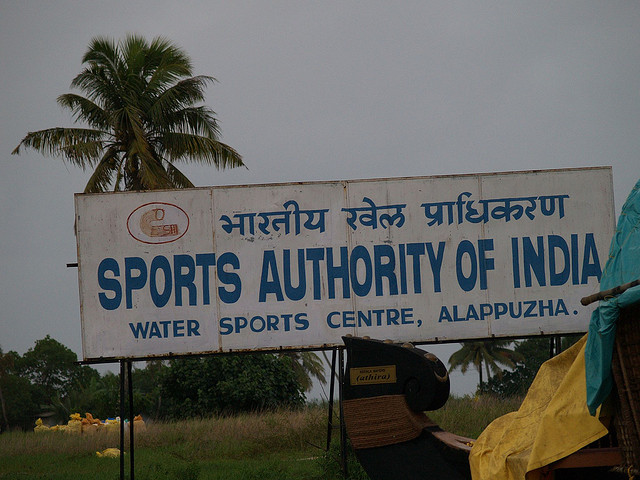
Language: hindi
Transcription: खेल प्राधिकरण भारतीय